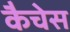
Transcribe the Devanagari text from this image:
कैचेस